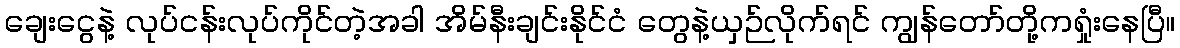
ချေးငွေနဲ့ လုပ်ငန်းလုပ်ကိုင်တဲ့အခါ အိမ်နီးချင်းနိုင်ငံ တွေနဲ့ယှဉ်လိုက်ရင် ကျွန်တော်တို့ကရှုံးနေပြီ။